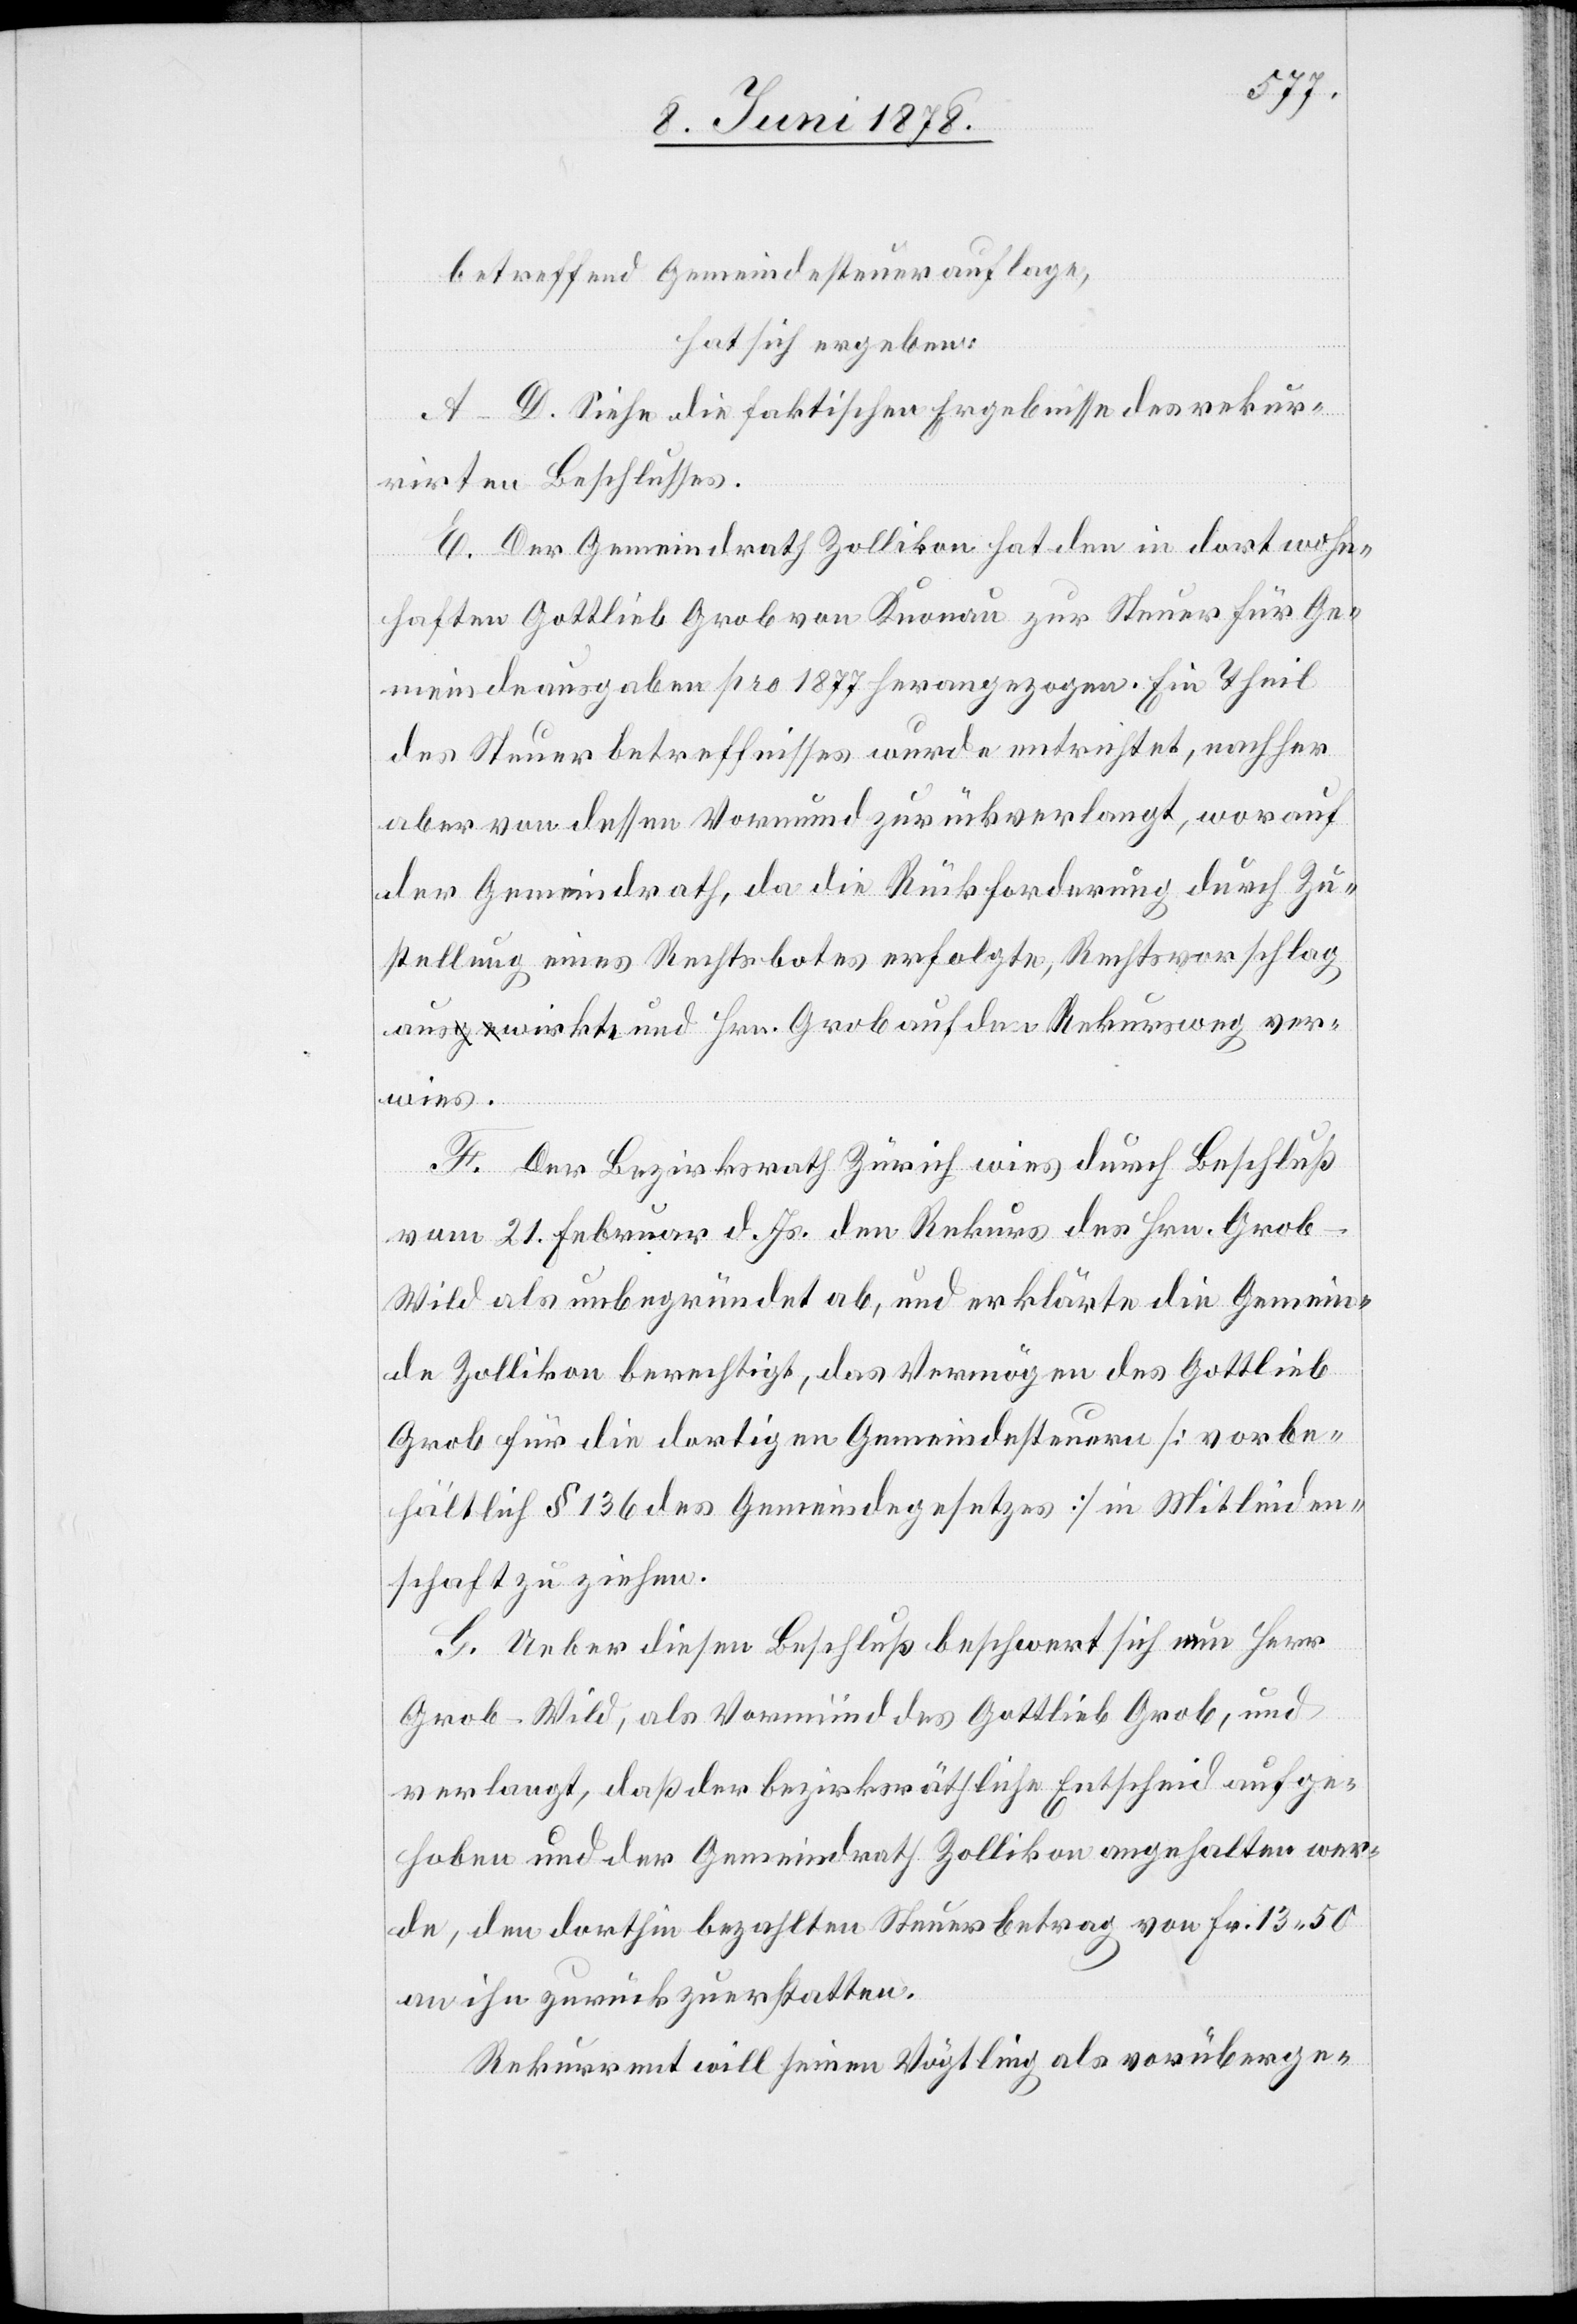
betreffend Gemeindesteuerauflage,
hat sich ergeben:
A–D. Siehe die faktischen Ergebnisse des rekur¬
rirten Beschlusses.
E. Der Gemeindrath Zollikon hat den in dort wohn¬
haften Gottlieb Grob von Knonau zur Steuer für Ge¬
meindeausgaben pro 1877 herangezogen. Ein Theil
des Steuerbetreffnisses wurde entrichtet, nachher
aber von dessen Vormund zurückverlangt, worauf
der Gemeindrath, da die Rückforderung durch Zu¬
stellung eines Rechtsbotes erfolgte, Rechtsvorschlag
auswirkte und Hrn. Grob auf den Rekursweg ver¬
wies.
F. Der Bezirksrath Zürich wies durch Beschluß
vom 21. Februar d. Js. den Rekurs des Hrn. Gro¬
b-Wild als unbegründet ab, und erklärte die Gemein¬
de Zollikon berechtigt, das Vermögen des Gottlieb
Grob für die dortigen Gemeindesteuern [vorbe¬
hältlich § 136 des Gemeindegesetzes] in Mitleiden¬
schaft zu ziehen.
G. Ueber diesen Beschluß beschwert sich nun Herr
Grob-Wild, als Vormund des Gottlieb Grob, und
verlangt, daß der bezirksräthliche Entscheid aufge¬
hoben und der Gemeindrath Zollikon angehalten wer¬
de, den dorthin bezahlten Steuerbetrag von Fr. 13 50
an ihn zurückzuerstatten.
Rekurrenten will seinen Vögtling als vorüberge-